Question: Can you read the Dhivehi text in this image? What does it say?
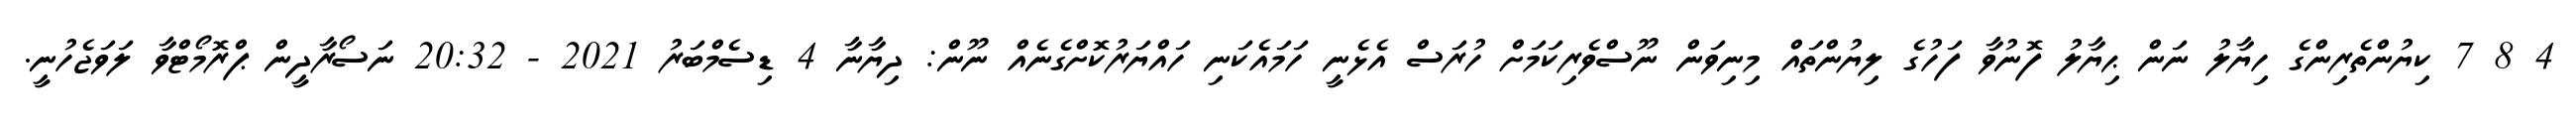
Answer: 4 8 7 ކިޔުންތެރިންގެ ހިޔާލު ނަން ޙިޔާލު ފޮނުވާ ފަހުގެ ލިޔުންތައް މިނިވަން ނޫސްވެރިކަމަށް ހުރަސް އެޅެނީ ހަމައެކަނި ހައްޔަރުކޮށްގެނެއް ނޫން: ދިޔާނާ 4 ޑިސެމްބަރު 2021 - 20:32 ނަސޯރާދީން ޕްރޮމޯޓްވާ ލަވަޖެހުނީ.